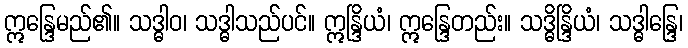
ဣန္ဒြေမည်၏။ သဒ္ဓါဝ၊ သဒ္ဓါသည်ပင်။ ဣန္ဒြိယံ၊ ဣန္ဒြေတည်း။ သဒ္ဓိန္ဒြိယံ၊ သဒ္ဓါန္ဒြေ၊